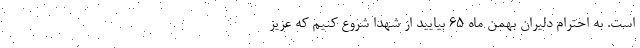
است. به احترام دلیران بهمن ماه 65 بیایید از شهدا شروع کنیم که عزیز